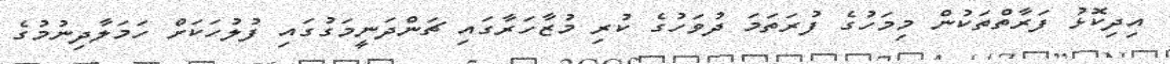
އިދިކޮޅު ފަރާތްތަކުން މިމަހުގެ ފުރަތަމަ ދުވަހުގެ ކުރި މުޒާހަރާގައި ޗަންދަނީމަގުގައި ފުލުހަކަށް ހަމަލާދިނުމުގެ